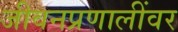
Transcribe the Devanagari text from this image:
जीवनप्रणालींवर